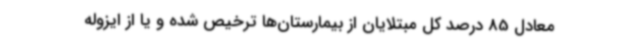
معادل 85 درصد کل مبتلایان از بیمارستان‌ها ترخیص شده و یا از ایزوله